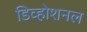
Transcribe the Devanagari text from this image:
डिव्होशनल